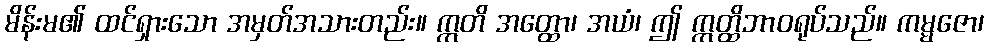
မိန်းမ၏ ထင်ရှားသော အမှတ်အသားတည်း။ ဣတိ အတ္ထော၊ အယံ၊ ဤ ဣတ္ထိဘာဝရုပ်သည်။ ကမ္မဇော၊